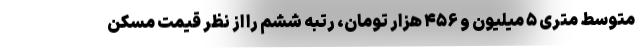
متوسط متری ۵ میلیون و ۴۵۶ هزار تومان، رتبه ششم را از نظر قیمت مسکن